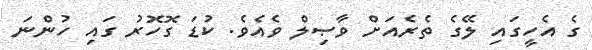
ގެ އެހީގައި ލޭގެ ތެރެއަށް ވާޞިލް ވެއެވެ. ކުޑަ ގޮހޮރު ގައި ހުންނަ